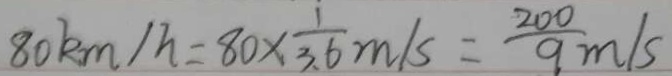
8 0 k m / h = 8 0 \times \frac { 1 } { 3 . 6 } m / s = \frac { 2 0 0 } { 9 } m / s